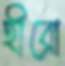
হীরো